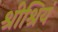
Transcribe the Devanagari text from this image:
श्रीश्रियं